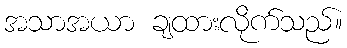
အသာအယာ ချထားလိုက်သည်။